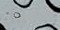
الأشجار